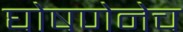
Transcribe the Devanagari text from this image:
घोषणेनेच